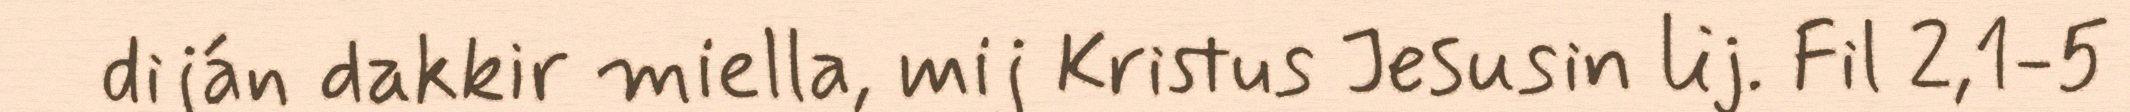
diján dakkir miella, mij Kristus Jesusin lij. Fil 2,1-5